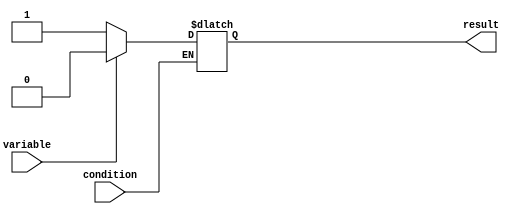
module Loop (
    input wire condition,
    input wire variable,
    output wire result
);

always @ (condition)
begin
    if (condition)
    begin
        // Set of statements to be executed repeatedly
        // based on the condition
        if (variable == 0) 
            result <= 1;
        else if (variable == 1) 
            result <= 0;
        else
            result <= variable;
    end
end

endmodule